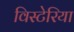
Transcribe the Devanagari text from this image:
विस्टेरिया